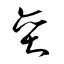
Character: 奕